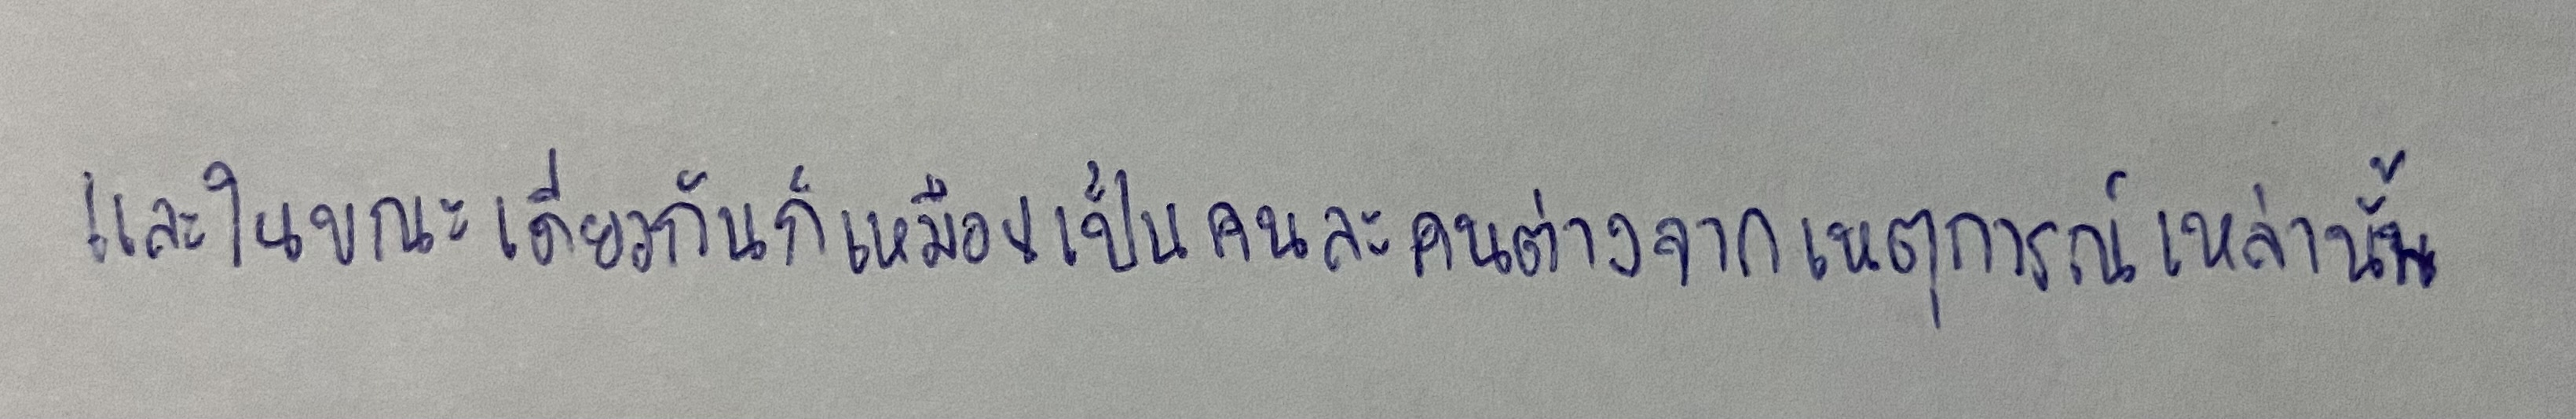
และในขณะเดียวกันก็เหมือนเป็นคนละคนต่างจากเหตุการณ์เหล่านั้น